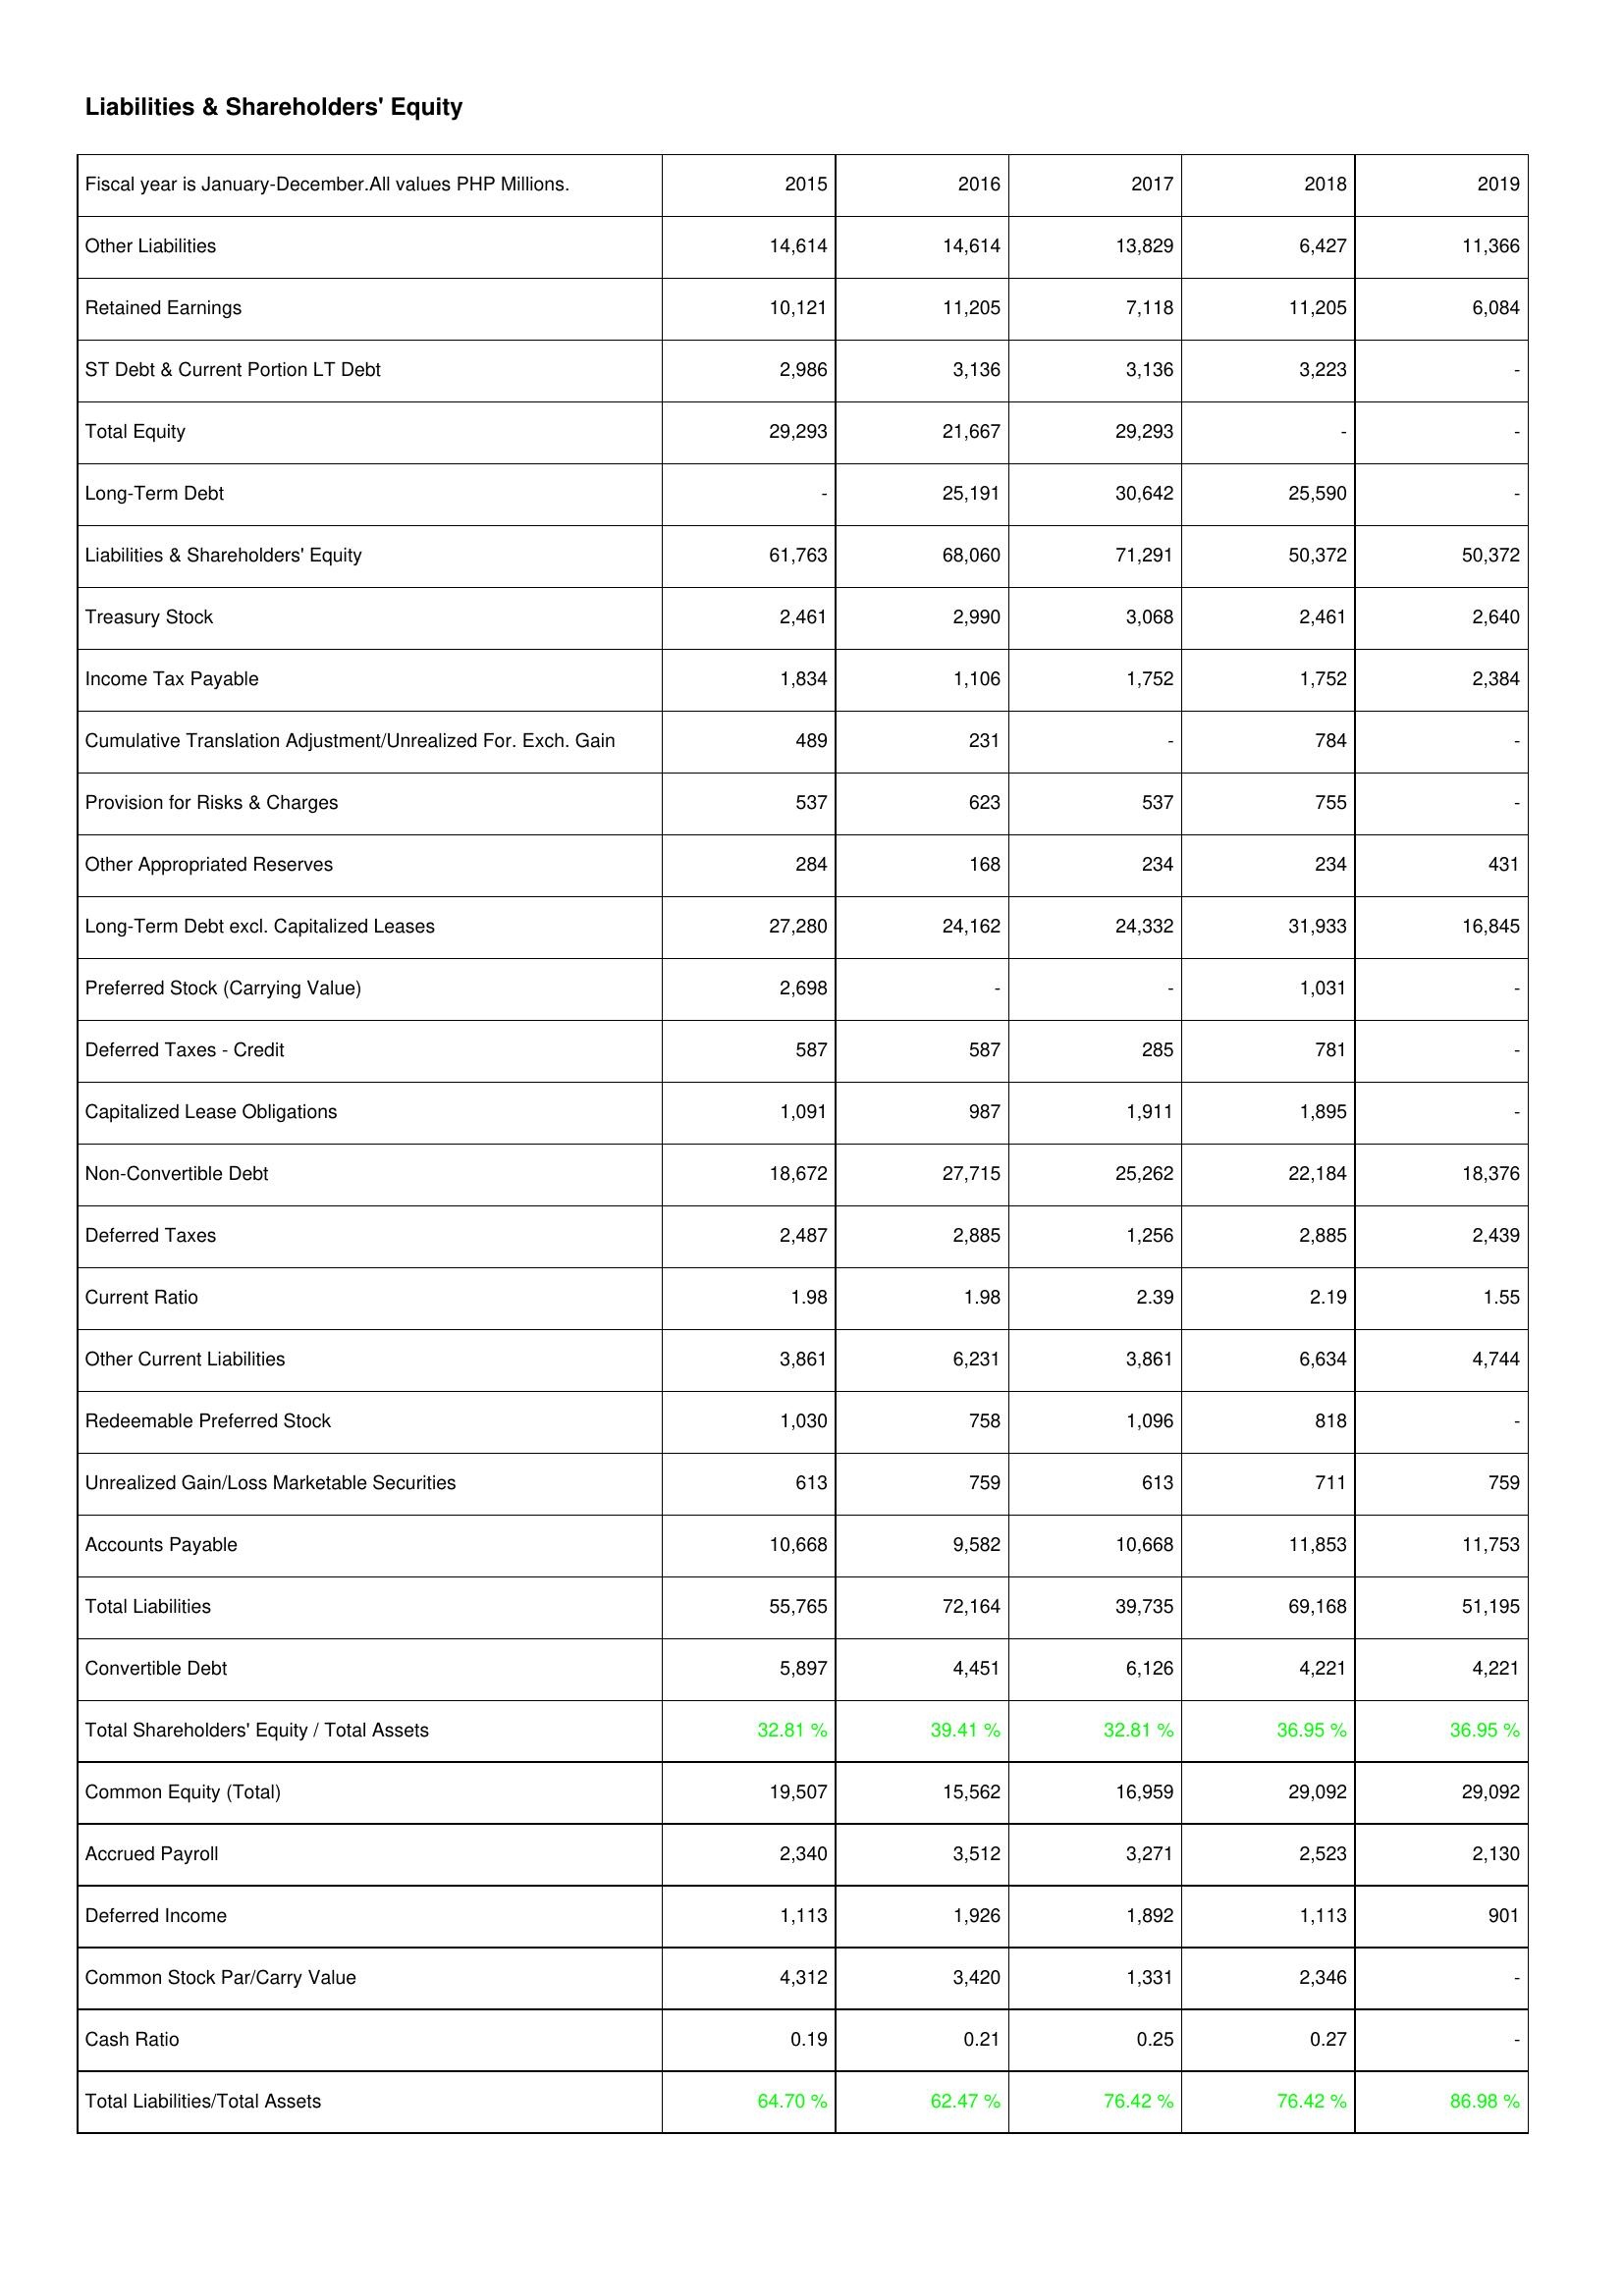
2015: Liabilities & Shareholders' Equity: Other Liabilities: 14,614
Retained Earnings: 10,121
ST Debt & Current Portion LT Debt: 2,986
Total Equity: 29,293
Long-Term Debt: -
Liabilities & Shareholders' Equity: 61,763
Treasury Stock: 2,461
Income Tax Payable: 1,834
Cumulative Translation Adjustment/Unrealized For. Exch. Gain: 489
Provision for Risks & Charges: 537
Other Appropriated Reserves: 284
Long-Term Debt excl. Capitalized Leases: 27,280
Preferred Stock (Carrying Value): 2,698
Deferred Taxes - Credit: 587
Capitalized Lease Obligations: 1,091
Non-Convertible Debt: 18,672
Deferred Taxes: 2,487
Current Ratio: 1.98
Other Current Liabilities: 3,861
Redeemable Preferred Stock: 1,030
Unrealized Gain/Loss Marketable Securities: 613
Accounts Payable: 10,668
Total Liabilities: 55,765
Convertible Debt: 5,897
Total Shareholders' Equity / Total Assets: 32.81 %
Common Equity (Total): 19,507
Accrued Payroll: 2,340
Deferred Income: 1,113
Common Stock Par/Carry Value: 4,312
Cash Ratio: 0.19
Total Liabilities/Total Assets: 64.70 %
2016: Liabilities & Shareholders' Equity: Other Liabilities: 14,614
Retained Earnings: 11,205
ST Debt & Current Portion LT Debt: 3,136
Total Equity: 21,667
Long-Term Debt: 25,191
Liabilities & Shareholders' Equity: 68,060
Treasury Stock: 2,990
Income Tax Payable: 1,106
Cumulative Translation Adjustment/Unrealized For. Exch. Gain: 231
Provision for Risks & Charges: 623
Other Appropriated Reserves: 168
Long-Term Debt excl. Capitalized Leases: 24,162
Preferred Stock (Carrying Value): -
Deferred Taxes - Credit: 587
Capitalized Lease Obligations: 987
Non-Convertible Debt: 27,715
Deferred Taxes: 2,885
Current Ratio: 1.98
Other Current Liabilities: 6,231
Redeemable Preferred Stock: 758
Unrealized Gain/Loss Marketable Securities: 759
Accounts Payable: 9,582
Total Liabilities: 72,164
Convertible Debt: 4,451
Total Shareholders' Equity / Total Assets: 39.41 %
Common Equity (Total): 15,562
Accrued Payroll: 3,512
Deferred Income: 1,926
Common Stock Par/Carry Value: 3,420
Cash Ratio: 0.21
Total Liabilities/Total Assets: 62.47 %
2017: Liabilities & Shareholders' Equity: Other Liabilities: 13,829
Retained Earnings: 7,118
ST Debt & Current Portion LT Debt: 3,136
Total Equity: 29,293
Long-Term Debt: 30,642
Liabilities & Shareholders' Equity: 71,291
Treasury Stock: 3,068
Income Tax Payable: 1,752
Cumulative Translation Adjustment/Unrealized For. Exch. Gain: -
Provision for Risks & Charges: 537
Other Appropriated Reserves: 234
Long-Term Debt excl. Capitalized Leases: 24,332
Preferred Stock (Carrying Value): -
Deferred Taxes - Credit: 285
Capitalized Lease Obligations: 1,911
Non-Convertible Debt: 25,262
Deferred Taxes: 1,256
Current Ratio: 2.39
Other Current Liabilities: 3,861
Redeemable Preferred Stock: 1,096
Unrealized Gain/Loss Marketable Securities: 613
Accounts Payable: 10,668
Total Liabilities: 39,735
Convertible Debt: 6,126
Total Shareholders' Equity / Total Assets: 32.81 %
Common Equity (Total): 16,959
Accrued Payroll: 3,271
Deferred Income: 1,892
Common Stock Par/Carry Value: 1,331
Cash Ratio: 0.25
Total Liabilities/Total Assets: 76.42 %
2018: Liabilities & Shareholders' Equity: Other Liabilities: 6,427
Retained Earnings: 11,205
ST Debt & Current Portion LT Debt: 3,223
Total Equity: -
Long-Term Debt: 25,590
Liabilities & Shareholders' Equity: 50,372
Treasury Stock: 2,461
Income Tax Payable: 1,752
Cumulative Translation Adjustment/Unrealized For. Exch. Gain: 784
Provision for Risks & Charges: 755
Other Appropriated Reserves: 234
Long-Term Debt excl. Capitalized Leases: 31,933
Preferred Stock (Carrying Value): 1,031
Deferred Taxes - Credit: 781
Capitalized Lease Obligations: 1,895
Non-Convertible Debt: 22,184
Deferred Taxes: 2,885
Current Ratio: 2.19
Other Current Liabilities: 6,634
Redeemable Preferred Stock: 818
Unrealized Gain/Loss Marketable Securities: 711
Accounts Payable: 11,853
Total Liabilities: 69,168
Convertible Debt: 4,221
Total Shareholders' Equity / Total Assets: 36.95 %
Common Equity (Total): 29,092
Accrued Payroll: 2,523
Deferred Income: 1,113
Common Stock Par/Carry Value: 2,346
Cash Ratio: 0.27
Total Liabilities/Total Assets: 76.42 %
2019: Liabilities & Shareholders' Equity: Other Liabilities: 11,366
Retained Earnings: 6,084
ST Debt & Current Portion LT Debt: -
Total Equity: -
Long-Term Debt: -
Liabilities & Shareholders' Equity: 50,372
Treasury Stock: 2,640
Income Tax Payable: 2,384
Cumulative Translation Adjustment/Unrealized For. Exch. Gain: -
Provision for Risks & Charges: -
Other Appropriated Reserves: 431
Long-Term Debt excl. Capitalized Leases: 16,845
Preferred Stock (Carrying Value): -
Deferred Taxes - Credit: -
Capitalized Lease Obligations: -
Non-Convertible Debt: 18,376
Deferred Taxes: 2,439
Current Ratio: 1.55
Other Current Liabilities: 4,744
Redeemable Preferred Stock: -
Unrealized Gain/Loss Marketable Securities: 759
Accounts Payable: 11,753
Total Liabilities: 51,195
Convertible Debt: 4,221
Total Shareholders' Equity / Total Assets: 36.95 %
Common Equity (Total): 29,092
Accrued Payroll: 2,130
Deferred Income: 901
Common Stock Par/Carry Value: -
Cash Ratio: -
Total Liabilities/Total Assets: 86.98 %